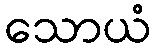
သောယံ